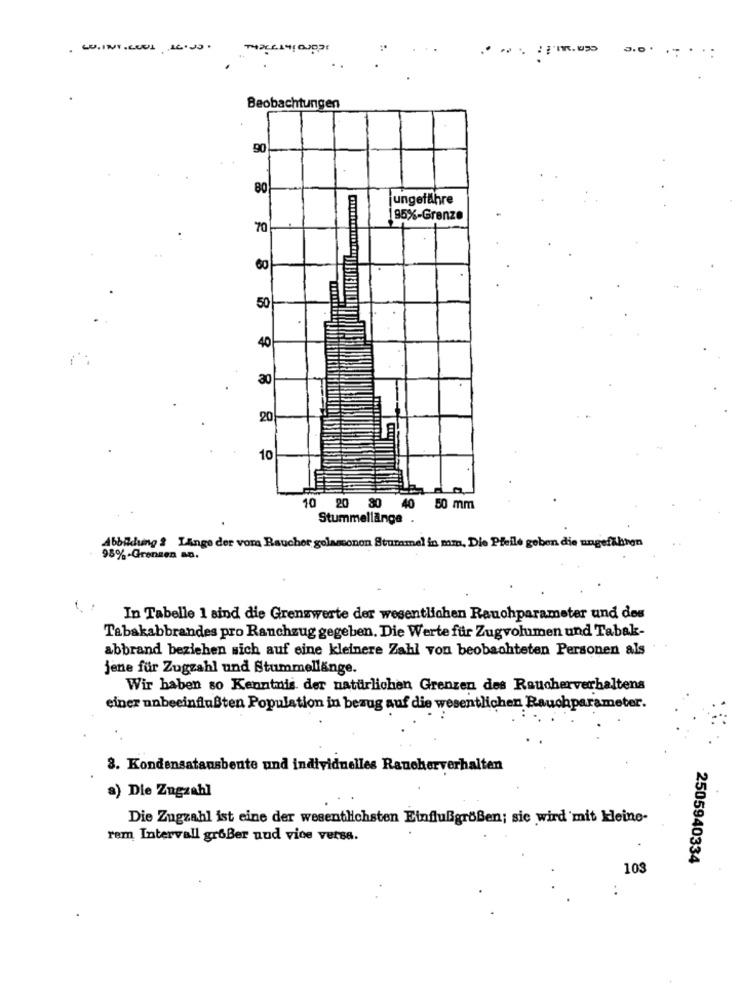
.
LU. INT .LUDI 16.05 .
.-
Beobachtungen
90
80
ungefähre
195%-Grenze
70
60
50
.
40
30
20
10
10 20 80 40 50 mm
Stummellänge .
Abbithing & Lange der vom Raucher gelamonen Stummel in mm, Die Pfeile geben die ungefähren
95%-Grenzen an.
In Tabelle 1 sind die Grenzwerte der wesentlichen Rauchparameter und des
Tabakabbrandes pro Ranchzug gegeben. Die Werte für Zugvolumen und Tabak-
abbrand beziehen sich auf eine kleinere Zahl von beobachteten Personen als
jene für Zugzahl und Stummellänge.
Wir haben so Kenntnis der natürlichen Grenzen des Raucherverhaltens
einer unbeeinflußten Population in bezug auf die wesentlichen Rauchparameter.
3. Kondensatausbeute und individuelles Raucherverhalten
a) Die Zugzahl
Die Zugzahl ist eine der wesentlichsten Einflußgrößen; sic wird mit kleine-
rem Intervall großer und vice versa.
2505940334
103
: